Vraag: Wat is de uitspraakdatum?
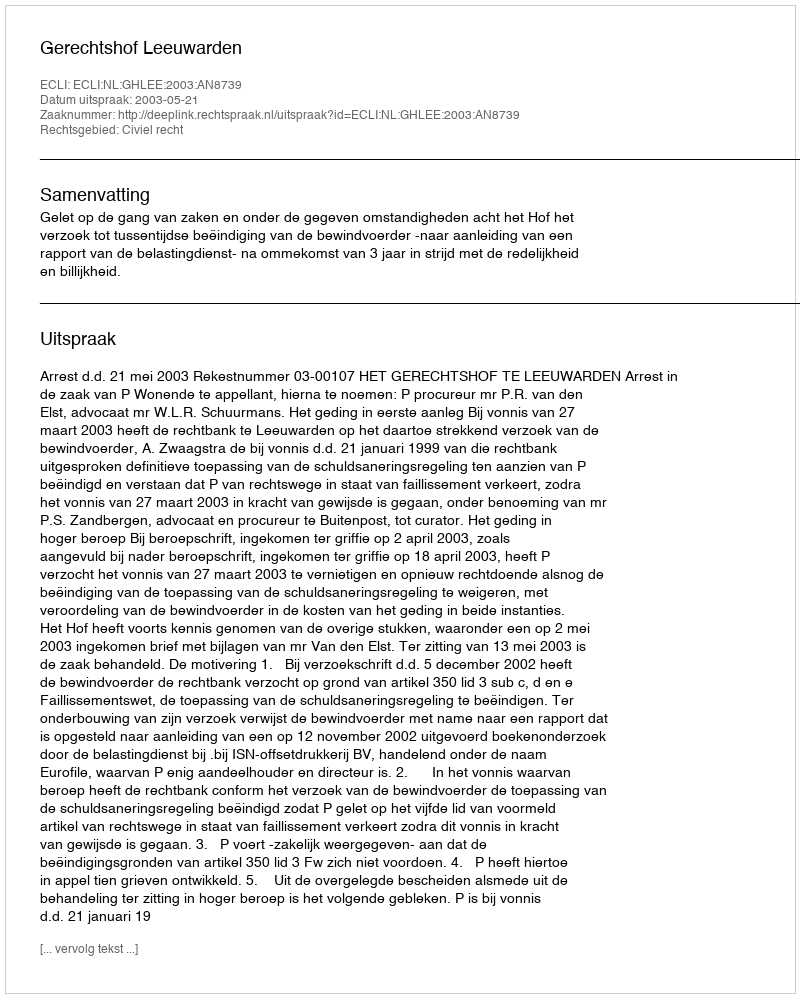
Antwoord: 2003-05-21